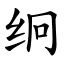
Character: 䌹